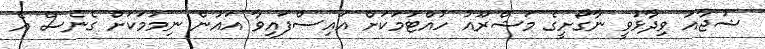
ޝުޖާއު ވިދާޅުވީ ނާގޯށީގެ މަޝްރޫއު ހުއްޓުމަކަށް އައިސްފައިވާ އައުން ނިމުމަކަށް ގެނެސް އެ